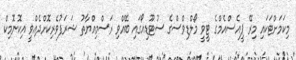
މިކަމަށްޓަކައި މިރޭ ޕީއެސްއެމްގެ ޓީވީ މޯލްޑިވްސްގެ ސުޓޫޑިއޯގައި ބޭއްވި ރަސްމިއްޔާތު ޝަރަފުވެރިކޮށްދެއްވީ އިކޮނޮމިކް